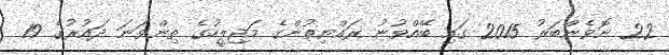
22 ނޮވެންބަރު 2015 ގައި ބޭއްވުނު ރައްޔިތުންގެ މަޖިލީހުގެ ތިންވަނަ ދައުރުގެ 19